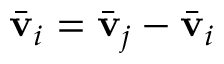
\bar { \mathbf { v } } _ { i } = \bar { \mathbf { v } } _ { j } - \bar { \mathbf { v } } _ { i }